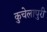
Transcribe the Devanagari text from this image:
कुचेलापुरी